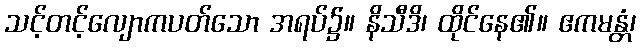
သင့်တင့်လျောကပတ်သော အရပ်၌။ နိသီဒိ၊ ထိုင်နေ၏။ ဧကမန္တံ၊